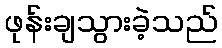
ဖုန်းချသွားခဲ့သည်